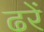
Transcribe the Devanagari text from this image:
ढरें